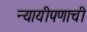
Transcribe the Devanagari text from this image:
न्यायीपणाची